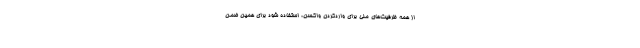
از همه ظرفیت‌های ملی برای واردکردن واکسن، استفاده شود برای همین ضمن